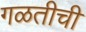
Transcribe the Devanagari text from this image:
गळतीची